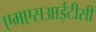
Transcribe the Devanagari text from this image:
एमएसआईटीसी